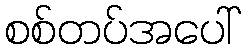
စစ်တပ်အပေါ်